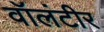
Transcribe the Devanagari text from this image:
वॉलंटीर